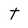
Character: t